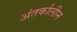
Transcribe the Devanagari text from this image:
अंतर्कालीन